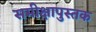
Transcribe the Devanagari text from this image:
समीक्षापुस्तक